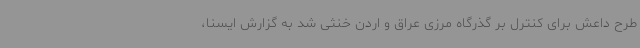
طرح داعش برای کنترل بر گذرگاه مرزی عراق و اردن خنثی شد به گزارش ایسنا،